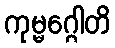
ကုမ္မဂ္ဂေါတိ